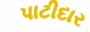
પાટીદાર